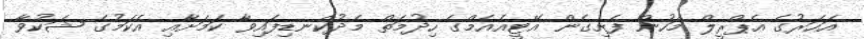
އަހަރުގެ އެޕްރީލް މަހުން ފެށިގެން އޭޓީއެއެމްގެ ހިދުމަތް މެދުކެނޑިފައިވާ ކަމަށާއި އެކަމުގެ ޝަކުވާ